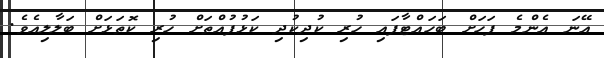
އޭނަ އެންމެ ފަހަށް ބަހައްޓާފައި ހުރި ކުދިކުދި ކަޅުފުއްތަށް ހުރި ކޮތަޅަށް ބަލާލިއެވެ.